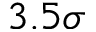
3 . 5 \sigma